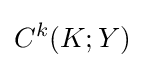
C^{k}(K;Y)